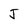
Character: J